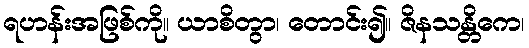
ရဟန်းအဖြစ်ကို။ ယာစိတွာ၊ တောင်း၍။ ဇိနသန္တိကေ၊